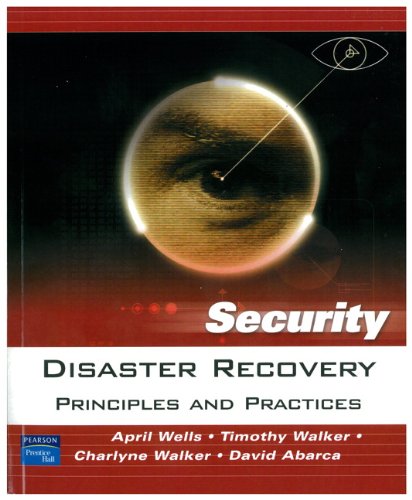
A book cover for Disaster Recovery: Principles and Practices; April Wells; Computers & Technology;